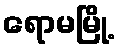
ရောမမြို့